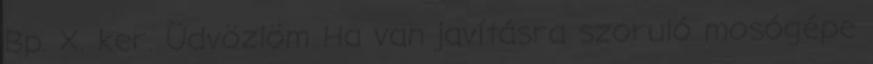
Bp. X. ker. Üdvözlöm Ha van javításra szoruló mosógépe